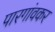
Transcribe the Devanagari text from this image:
पारगांवकर